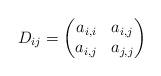
LaTeX: \begin{align*}D_{ij}=\begin{pmatrix}a_{i,i} & a_{i,j}\\a_{i,j} & a_{j,j}\end{pmatrix}\end{align*}